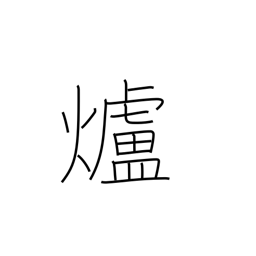
Meaning: fireplace